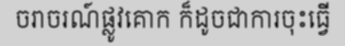
ចរាចរណ៍ផ្លូវគោក ក៏ដូចជាការចុះធ្វើ